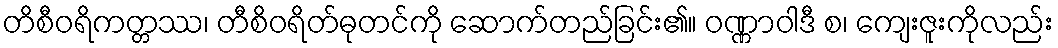
တိစီဝရိကတ္တဿ၊ တီစိဝရိတ်ဓုတင်ကို ဆောက်တည်ခြင်း၏။ ဝဏ္ဏာဝါဒီ စ၊ ကျေးဇူးကိုလည်း